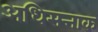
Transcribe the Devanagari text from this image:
अधिसत्ताक